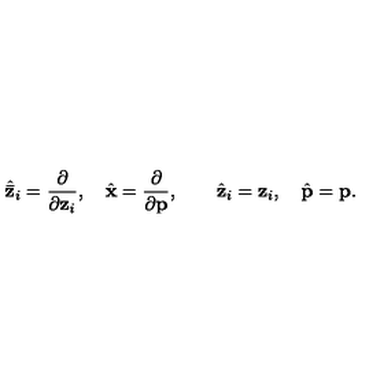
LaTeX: { \hat { \bf { \bar { z } } } } _ { i } = \frac { \partial } { \partial { \bf z } _ { i } } , \quad { \hat { \bf x } } = \frac { \partial } { \partial { \bf p } } , \quad \quad { \hat { \bf { z } } } _ { i } = { \bf z } _ { i } , \quad { \hat { \bf p } } = { \bf p } .